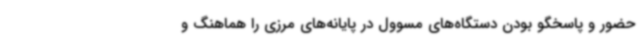
حضور و پاسخگو بودن دستگاه‌های مسوول در پایانه‌های مرزی را هماهنگ و